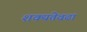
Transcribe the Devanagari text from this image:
शक्यतेवढा